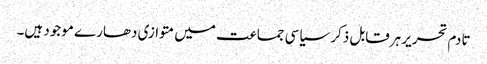
تادم تحریر ہرقابل ذکر سیاسی جماعت میں متوازی دھارے موجود ہیں۔